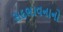
સદભાવનાનો